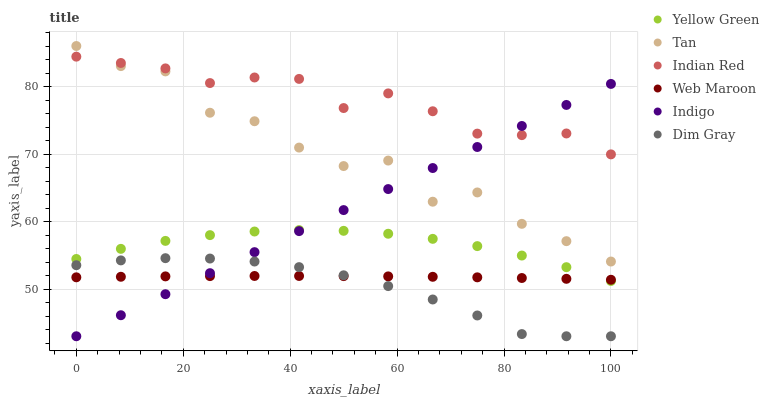
| xaxis_label | Yellow Green | Tan | Indian Red | Web Maroon | Indigo | Dim Gray |
 | --- | --- | --- | --- | --- | --- | --- |
 | 0 | 54.4 | 86 | 84.4 | 51.7 | 43 | 53.5 |
 | 8.33 | 55.9 | 83 | 83.5 | 51.8 | 46.1 | 54.2 |
 | 16.7 | 57.1 | 82.2 | 82.7 | 51.9 | 49.2 | 54.6 |
 | 25 | 58 | 76.1 | 80.5 | 51.9 | 52.3 | 54.5 |
 | 33.3 | 58.5 | 74.9 | 81.3 | 51.9 | 55.5 | 54.1 |
 | 41.7 | 58.7 | 71 | 81.1 | 51.9 | 58.6 | 53.2 |
 | 50 | 58.6 | 68.2 | 76.8 | 51.9 | 61.7 | 52 |
 | 58.3 | 58.2 | 69 | 79 | 51.9 | 64.8 | 50.4 |
 | 66.7 | 57.4 | 62.9 | 76.3 | 51.8 | 67.9 | 48.4 |
 | 75 | 56.4 | 64.3 | 73 | 51.7 | 71 | 46.1 |
 | 83.3 | 55 | 59.7 | 72.8 | 51.6 | 74.2 | 43.3 |
 | 91.7 | 53.2 | 57.1 | 73 | 51.5 | 77.3 | 43 |
 | 100 | 51.2 | 54.1 | 69.9 | 51.4 | 80.4 | 43 |